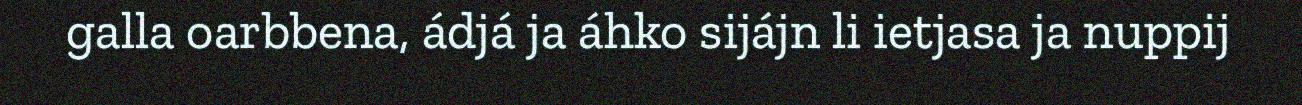
galla oarbbena, ádjá ja áhko sijájn li ietjasa ja nuppij